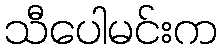
သီပေါမင်းက